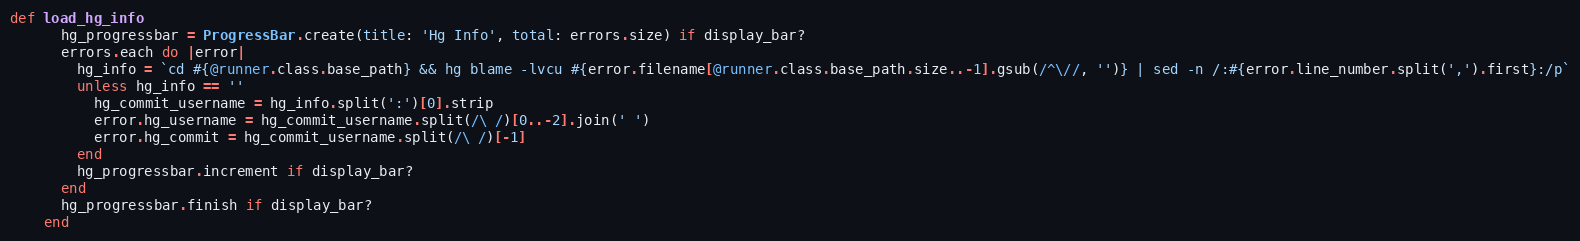
Language: Ruby
def load_hg_info
      hg_progressbar = ProgressBar.create(title: 'Hg Info', total: errors.size) if display_bar?
      errors.each do |error|
        hg_info = `cd #{@runner.class.base_path} && hg blame -lvcu #{error.filename[@runner.class.base_path.size..-1].gsub(/^\//, '')} | sed -n /:#{error.line_number.split(',').first}:/p`
        unless hg_info == ''
          hg_commit_username = hg_info.split(':')[0].strip
          error.hg_username = hg_commit_username.split(/\ /)[0..-2].join(' ')
          error.hg_commit = hg_commit_username.split(/\ /)[-1]
        end
        hg_progressbar.increment if display_bar?
      end
      hg_progressbar.finish if display_bar?
    end